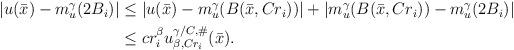
LaTeX: \begin{align*}\begin{aligned}|u(\bar x)-m^\gamma_u(2B_i)|&\le |u(\bar x)-m^\gamma_u(B(\bar x,Cr_i))|+|m^\gamma_u(B(\bar x,Cr_i))-m^\gamma_u(2B_i)|\\&\le cr_i^{\beta}u_{\beta,Cr_i}^{\gamma/C,\#}(\bar x). \end{aligned}\end{align*}